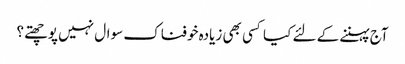
آج پہننے کے لئے کیا کسی بھی زیادہ خوفناک سوال نہیں پوچھتے؟